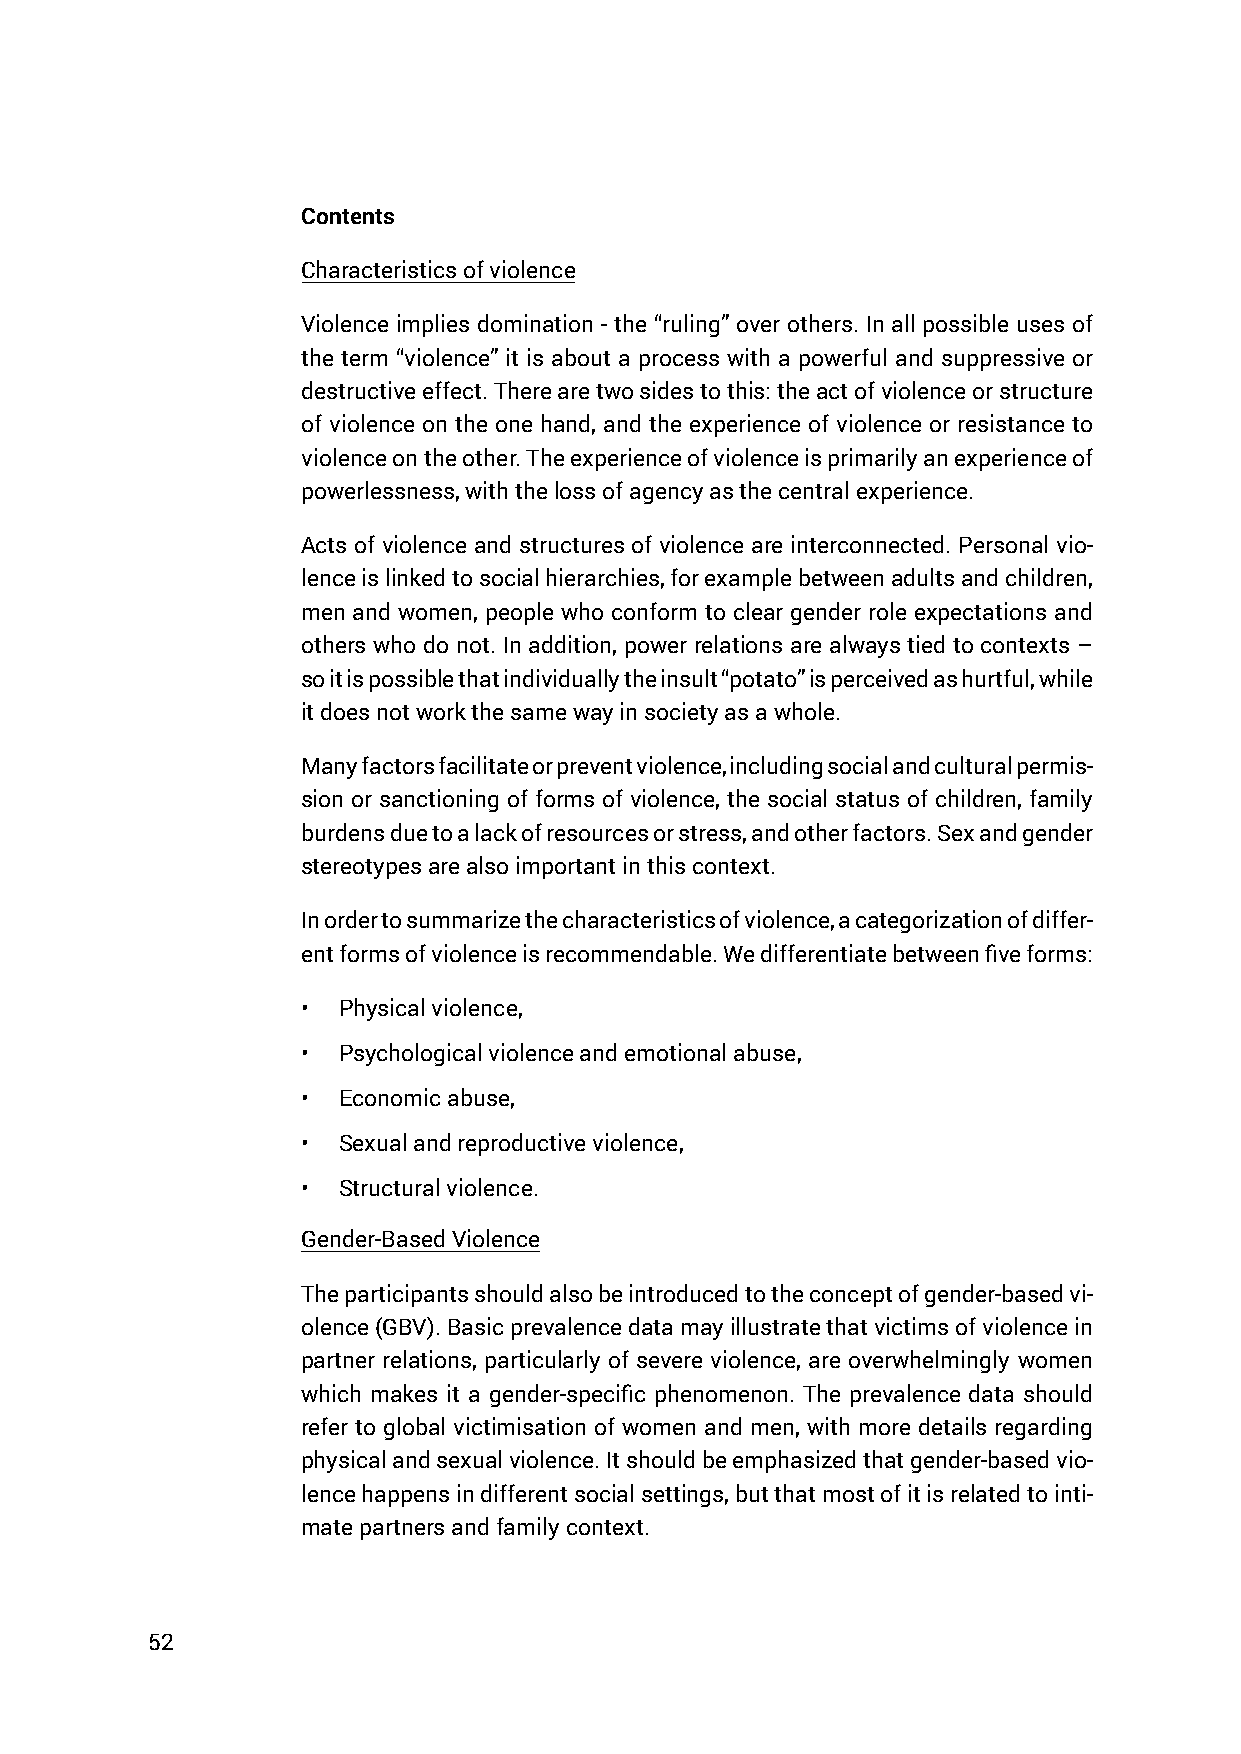
Contents
 Characteristics of violence
 Violence implies domination - the “ruling” over others. In all possible uses of
 the term “violence” it is about a process with a powerful and suppressive or
 destructive effect. There are two sides to this: the act of violence or structure
 of violence on the one hand, and the experience of violence or resistance to
 violence on the other. The experience of violence is primarily an experience of
 powerlessness, with the loss of agency as the central experience.
 Acts of violence and structures of violence are interconnected. Personal vio-
 lence is linked to social hierarchies, for example between adults and children,
 men and women, people who conform to clear gender role expectations and
 others who do not. In addition, power relations are always tied to contexts –
 so it is possible that individually the insult “potato” is perceived as hurtful, while
 it does not work the same way in society as a whole.
 Many factors facilitate or prevent violence, including social and cultural permis-
 sion or sanctioning of forms of violence, the social status of children, family
 burdens due to a lack of resources or stress, and other factors. Sex and gender
 stereotypes are also important in this context.
 In order to summarize the characteristics of violence, a categorization of differ-
 ent forms of violence is recommendable. We differentiate between five forms:
 • Physical violence,
 • Psychological violence and emotional abuse,
 • Economic abuse,
 • Sexual and reproductive violence,
 • Structural violence.
 Gender-Based Violence
 The participants should also be introduced to the concept of gender-based vi-
 olence (GBV). Basic prevalence data may illustrate that victims of violence in
 partner relations, particularly of severe violence, are overwhelmingly women
 which makes it a gender-specific phenomenon. The prevalence data should
 refer to global victimisation of women and men, with more details regarding
 physical and sexual violence. It should be emphasized that gender-based vio-
 lence happens in different social settings, but that most of it is related to inti-
 mate partners and family context.
 52